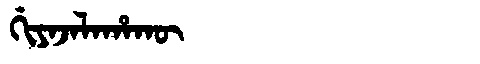
Manchu: ᡤᡳᠶᠠᠵᠠᠯᠠᡥᠠᡴᡡ
Romanization: GIYAJALAHAKŪ